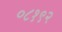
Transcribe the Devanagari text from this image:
०८१९२